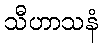
သီဟာသနံ